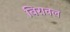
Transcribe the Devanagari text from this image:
बिरावल